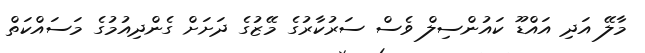
މާލޭ އަދި އައްޑޫ ކައުންސިލް ވެސް ސަރުކާރުގެ މޭޒުގެ ދަށަށް ގެންދިއުމުގެ މަސައްކަތް